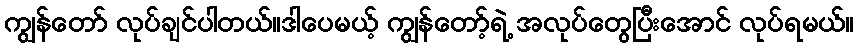
ကျွန်တော် လုပ်ချင်ပါတယ်။ဒါပေမယ့် ကျွန်တော့်ရဲ့ အလုပ်တွေပြီးအောင် လုပ်ရမယ်။